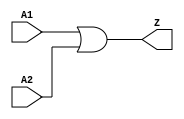
module OR2D1 (
  A1
 ,A2
 ,Z
 );
input A1 ;
input A2 ;
output Z ;
assign Z = A1 | A2;
endmodule